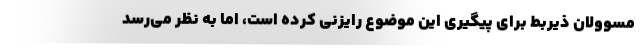
مسوولان ذیربط برای پیگیری این موضوع رایزنی کرده است، اما به نظر می‌رسد